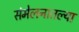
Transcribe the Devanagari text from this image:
संमेलनातल्या